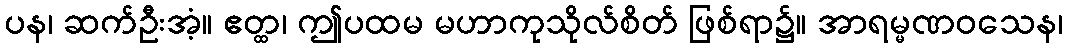
ပန၊ ဆက်ဦးအံ့။ ဧတ္ထ၊ ဤပထမ မဟာကုသိုလ်စိတ် ဖြစ်ရာ၌။ အာရမ္မဏဝသေန၊